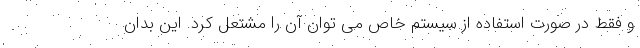
و فقط در صورت استفاده از سیستم خاص می توان آن را مشتعل کرد. این بدان